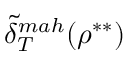
\Tilde { \delta } _ { T } ^ { m a h } ( \rho ^ { * * } )